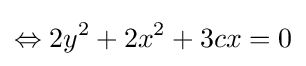
\Leftrightarrow 2y^{2}+2x^{2}+3cx=0